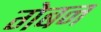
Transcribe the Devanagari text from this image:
गेबन